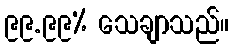
၉၉.၉၉% သေချာသည်။